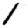
Digit: 1